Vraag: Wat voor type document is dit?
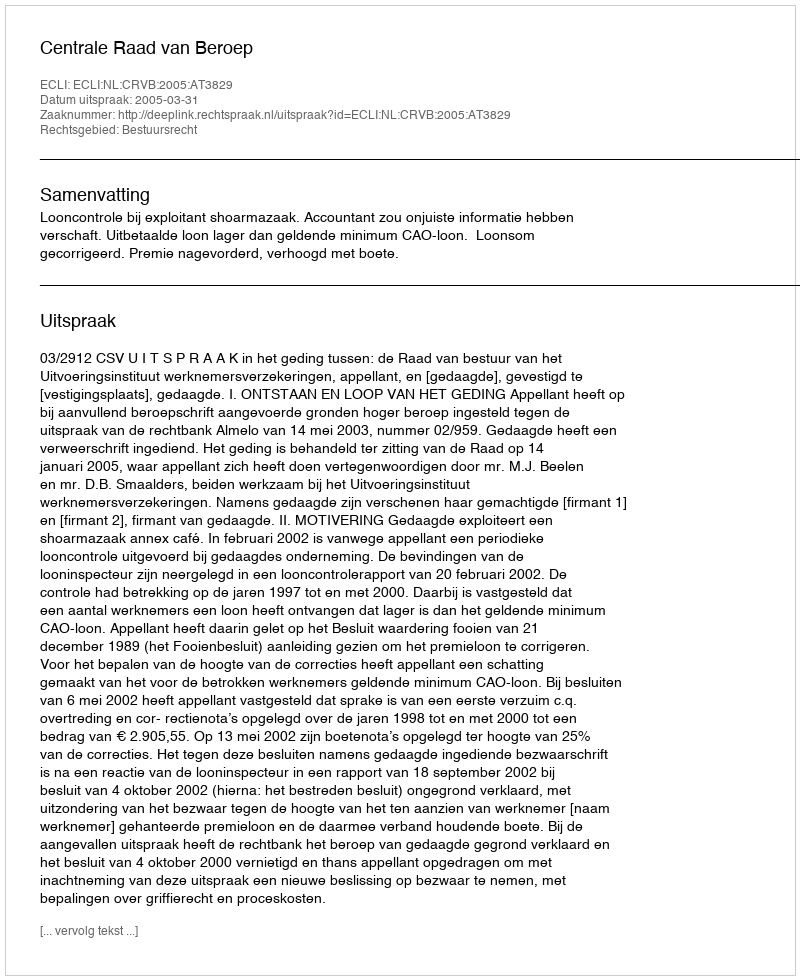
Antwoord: Uitspraak